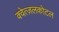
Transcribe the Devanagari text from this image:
क्वेत्ज़लकोटल